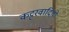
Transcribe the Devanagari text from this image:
कट्टरवादियो